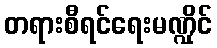
တရားစီရင်ရေးမဏ္ဍိုင်